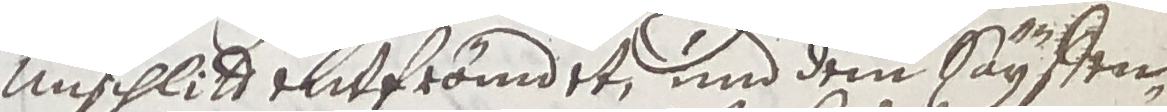
unschlit entfrändet und dem sayffen